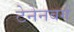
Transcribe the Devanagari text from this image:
टेनेनबर्ग